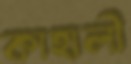
কাহালী